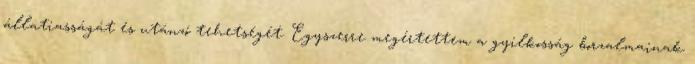
állatiasságát és utánzó tehetségét. Egyszerre megértettem a gyilkosság borzalmainak